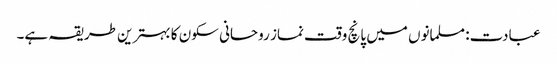
عبادت: مسلمانوں میں پانچ وقت نماز روحانی سکون کا بہترین طریقہ ہے۔